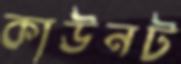
কাউনট